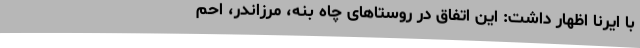
با ایرنا اظهار داشت: این اتفاق در روستاهای چاه بُنه، مرزاندر، احم